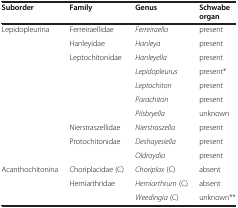
| Suborder | Family | Genus | Schwabe organ |
 | --- | --- | --- | --- |
 | Lepidopleurina | Ferreiraellidae | Ferreiraella | present |
 |  | Hanleyidae | Hanleya | present |
 |  | Leptochitonidae | Hanleyella | present |
 |  |  | Lepidopleurus | present* |
 |  |  | Leptochiton | present |
 |  |  | Parachiton | present |
 |  |  | Pilsbryella | unknown |
 |  | Nierstraszellidae | Nierstraszella | present |
 |  | Protochitonidae | Deshayesiella | present |
 |  |  | Oldroydia | present |
 | Acanthochitonina | Choriplacidae (C) | Choriplax (C) | absent |
 |  | Hemiarthridae | Hemiarthrum (C) | absent |
 |  |  | Weedingia (C) | unknown** |